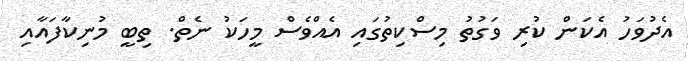
އެދުވަހު އެކަން ކުރި ވަގުތު މިސްކިތުގައި އެއްވެސް މީހަކު ނެތް. ތިބީ މުނިކާފައާއި